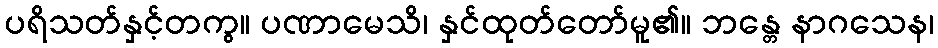
ပရိသတ်နှင့်တကွ။ ပဏာမေသိ၊ နှင်ထုတ်တော်မူ၏။ ဘန္တေ နာဂသေန၊